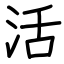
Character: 活